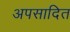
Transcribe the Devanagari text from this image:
अपसादित